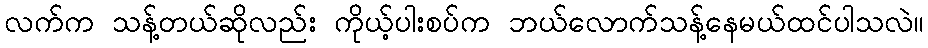
လက်က သန့်တယ်ဆိုလည်း ကိုယ့်ပါးစပ်က ဘယ်လောက်သန့်နေမယ်ထင်ပါသလဲ။